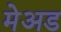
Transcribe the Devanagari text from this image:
मेअड